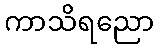
ကာသိရညော